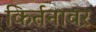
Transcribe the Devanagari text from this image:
किर्तनावर